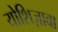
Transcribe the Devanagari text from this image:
योशिज़ावा